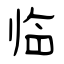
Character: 临